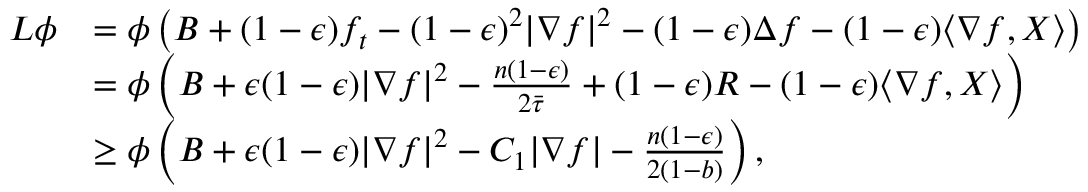
\begin{array} { r l } { L \phi } & { = \phi \left( B + ( 1 - \epsilon ) f _ { t } - ( 1 - \epsilon ) ^ { 2 } | \nabla f | ^ { 2 } - ( 1 - \epsilon ) \Delta f - ( 1 - \epsilon ) \langle \nabla f , X \rangle \right) } \\ & { = \phi \left( B + \epsilon ( 1 - \epsilon ) | \nabla f | ^ { 2 } - \frac { n ( 1 - \epsilon ) } { 2 \bar { \tau } } + ( 1 - \epsilon ) R - ( 1 - \epsilon ) \langle \nabla f , X \rangle \right) } \\ & { \ge \phi \left( B + \epsilon ( 1 - \epsilon ) | \nabla f | ^ { 2 } - C _ { 1 } | \nabla f | - \frac { n ( 1 - \epsilon ) } { 2 ( 1 - b ) } \right) , } \end{array}